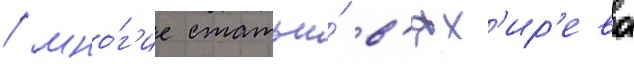
/ мно́г'ие статьи́ в'ях'ир'ева